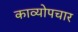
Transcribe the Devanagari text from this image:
काव्योपचार